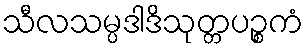
သီလသမ္ပဒါဒိသုတ္တပဉ္စကံ